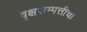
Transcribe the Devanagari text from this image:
वृक्षसम्पत्तीची